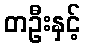
တဦးနှင့်